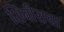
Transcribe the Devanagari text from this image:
शिबीराचा